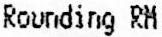
ROUNDING RM